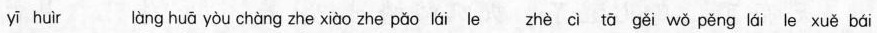
yī huìr làng huā yòu chàng zhe xiào zhe pǎo lái le zhè cì tā gěi wǒ pěng lái le xuě bái